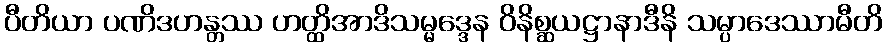
ပီတိယာ ပဏိဒဟန္တဿ ဟတ္ထိအာဒိသမ္မဒ္ဒေန ဝိနိစ္ဆယဋ္ဌာနာဒီနိ သမ္ပာဒေဿာမီတိ